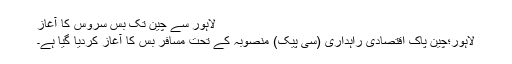
لاہور سے چین تک بس سروس کا آغاز
لاہور؛چین پاک اقتصادی راہداری (سی پیک) منصوبہ کے تحت مسافر بس کا آغاز کردیا گیا ہے۔